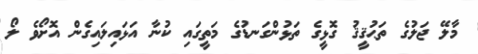
މާލޭ ޖަލުގެ ތަޙުޤީޤު ގޮޅީގެ ތަޅުންގަނޑުގެ މަތީގައި ކުނާ އަޅައިލައިގެން އޮށޯވެ ލޯ